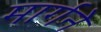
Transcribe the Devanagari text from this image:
मार्गने